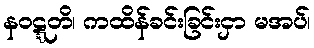
နဝဋ္ဋတိ၊ ကထိန်ခင်းခြင်းငှာ မအပ်၊